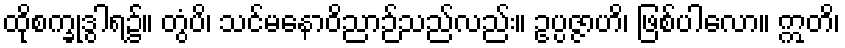
ထိုစက္ခုဒွါရ၌။ တွံပိ၊ သင်မနောဝိညာဉ်သည်လည်း။ ဥပ္ပဇ္ဇာဟိ၊ ဖြစ်ပါလော။ ဣတိ၊